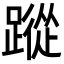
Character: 蹤